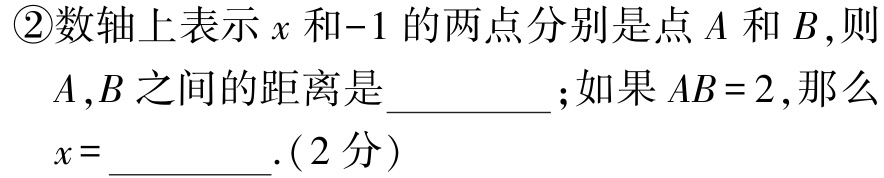
\textcircled{2}数轴上表示\(x\)和\(-1\)的两点分别是点\(A\)和\(B\),则\(A,B\)之间的距离是__________；如果\(AB = 2\),那么\(x =\)__________.(2分)